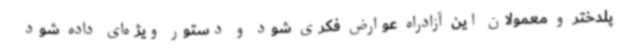
پلدختر و معمولان این آزادراه عوارض فکری شود و دستور ویژه‌ای داده شود